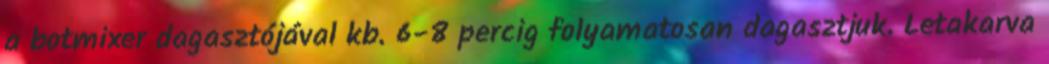
a botmixer dagasztójával kb. 6-8 percig folyamatosan dagasztjuk. Letakarva